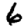
Digit: 6